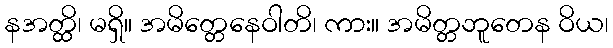
နအတ္ထိ၊ မရှိ။ အမိတ္တေနေဝါတိ၊ ကား။ အမိတ္တဘူတေန ဝိယ၊